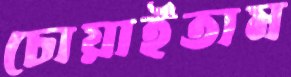
চোয়াইতাম